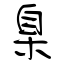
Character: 臬